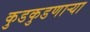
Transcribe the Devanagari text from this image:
कुडकुडणाऱ्या